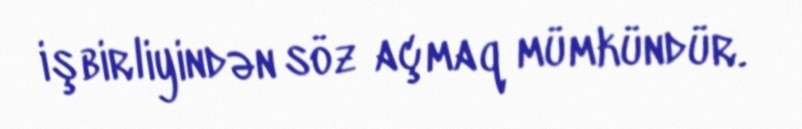
işbirliyindən söz açmaq mümkündür.